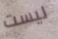
ليست